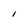
Character: l